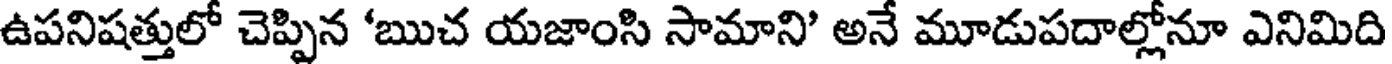
ఉపనిషత్తులో చెప్పిన 'ఋచ యజాంసి సామాని' అనే మూడుపదాల్లోనూ ఎనిమిది